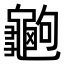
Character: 𪚶